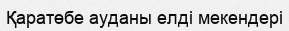
Қаратөбе ауданы елді мекендері